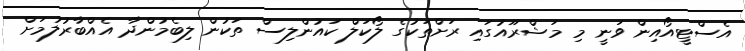
އެސްޓީއޯއިން ވަނީ މި މަޝްރޫއުގައި ރަށްތަކުގެ ލޯކަލް ކައުންލިސް ތަކުން ލިބެމުންދާ އެއްބާރުލުމަށް